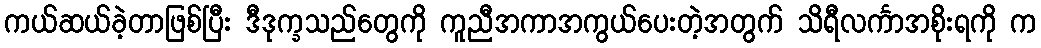
ကယ်ဆယ်ခဲ့တာဖြစ်ပြီး ဒီဒုက္ခသည်တွေကို ကူညီအကာအကွယ်ပေးတဲ့အတွက် သိရီလင်္ကာအစိုးရကို က